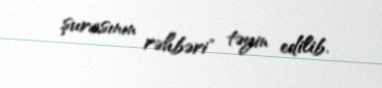
şurasının rəhbəri" təyin edilib.